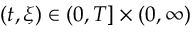
( t , \xi ) \in ( 0 , T ] \times ( 0 , \infty )